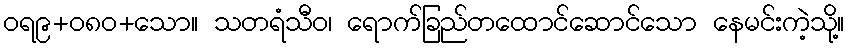
ဝရ၉+၀၈၀+သော။ သတရံသီဝ၊ ရောက်ခြည်တထောင်ဆောင်သော နေမင်းကဲ့သို့။